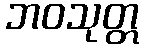
ဘဝသုတ္တ